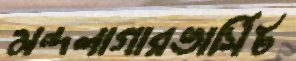
মন্দলাগারভার্সিট